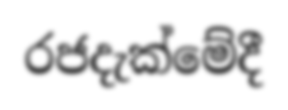
රජදැක්මේදී